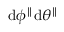
\mathrm { d } \phi ^ { \parallel } \mathrm { d } \theta ^ { \parallel }